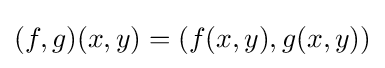
(f,g)(x,y)=(f(x,y),g(x,y))